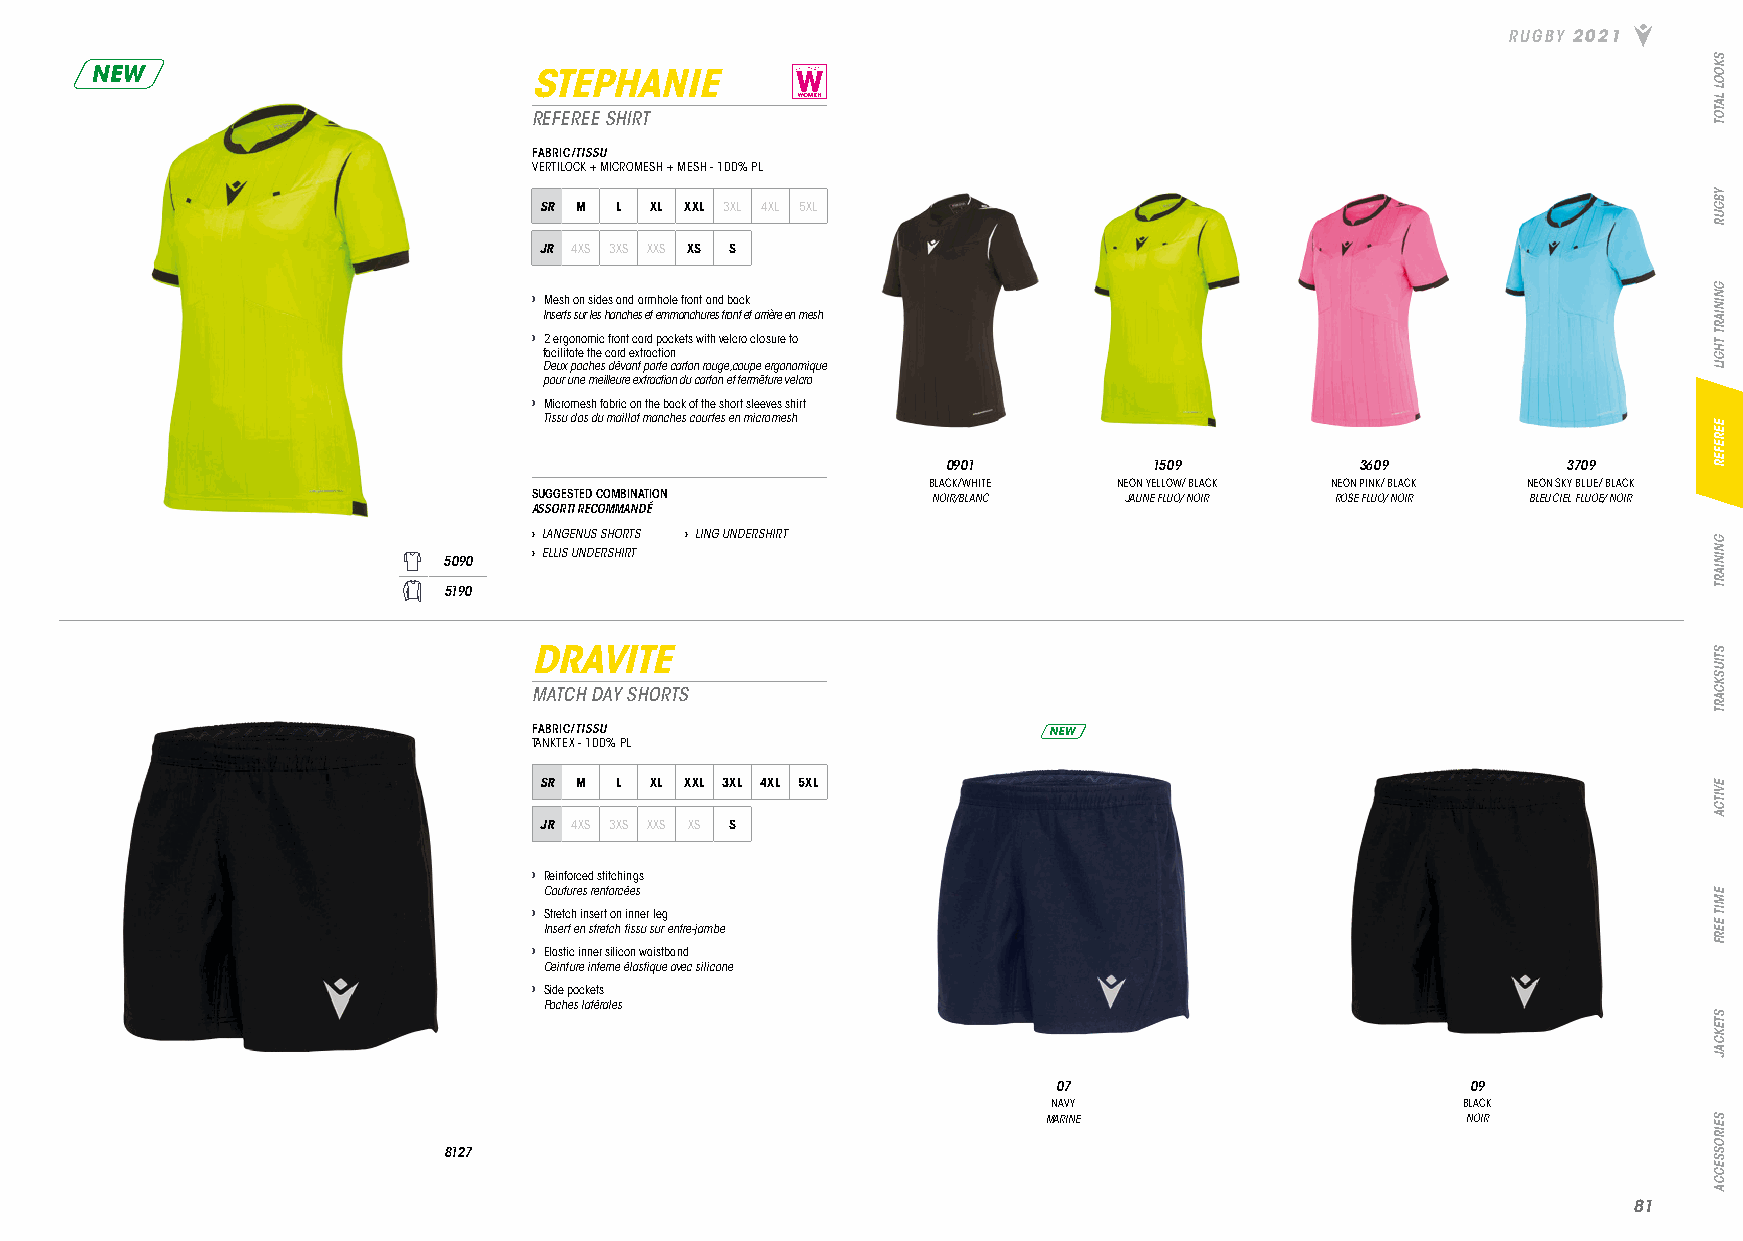
RUGBY 2021
 NEW                          STEPHANIE
 REFEREE SHIRT
 FABRIC/TISSU
 VERTILOCK + MICROMESH + MESH - 100% PL
 SR M L XL XXL 3XL 4XL 5XL
 JR 4XS 3XS XXS XS S
 › Mesh on sides and armhole front and back
 Inserts sur les hanches et emmanchures front et arrière en mesh
 › 2 ergonomic front card pockets with velcro closure to
 facilitate the card extraction
 Deux poches dévant porte carton rouge, coupe ergonomique
 pour une meilleure extraction du carton et fermêture velcro
 › Micromesh fabric on the back of the short sleeves shirt
 Tissu dos du maillot manches courtes en micromesh
 0901         1509          3609          3709
 BLACK/WHITE  NEON YELLOW/ BLACK NEON PINK/ BLACK NEON SKY BLUE/ BLACK
 SUGGESTED COMBINATION      NOIR/BLANC  JAUNE FLUO/ NOIR ROSE FLUO/ NOIR BLEU CIEL FLUOE/ NOIR
 ASSORTI RECOMMANDÉ
 › LANGENUS SHORTS › LING UNDERSHIRT
 › ELLIS UNDERSHIRT
 5090
 5190
 DRAVITE
 MATCH DAY SHORTS
 FABRIC/TISSU                      NEW
 TANKTEX - 100% PL
 SR M L XL XXL 3XL 4XL 5XL
 JR 4XS 3XS XXS XS S
 › Reinforced stitchings
 Coutures renforcées
 › Stretch insert on inner leg
 Insert en stretch tissu sur entre-jambe
 › Elastic inner silicon waistband
 Ceinture interne élastique avec silicone
 › Side pockets
 Poches latérales
 07                         09
 NAVY                       BLACK
 MARINE                      NOIR
 8127
 8811
 SKOOL
 LATOT
 YBGUR
 GNINIART
 THGIL
 EEREFER
 GNINIART
 STIUSKCART
 EVITCA
 EMIT
 EERF
 STEKCAJ
 SEIROSSECCA